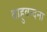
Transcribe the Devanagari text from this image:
बाहुवन्दना